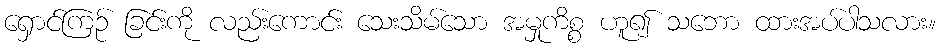
ရှောင်ကြဉ် ခြင်းကို လည်းကောင်း သေးသိမ်သော အမှုကိစ္စ ဟူ၍ သဘော ထားအပ်ပါသလား။